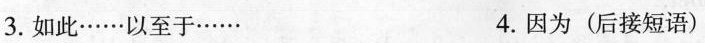
3.如此……以至于…… 4.因为(后接短语)